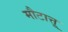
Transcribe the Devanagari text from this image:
मौटात्तू